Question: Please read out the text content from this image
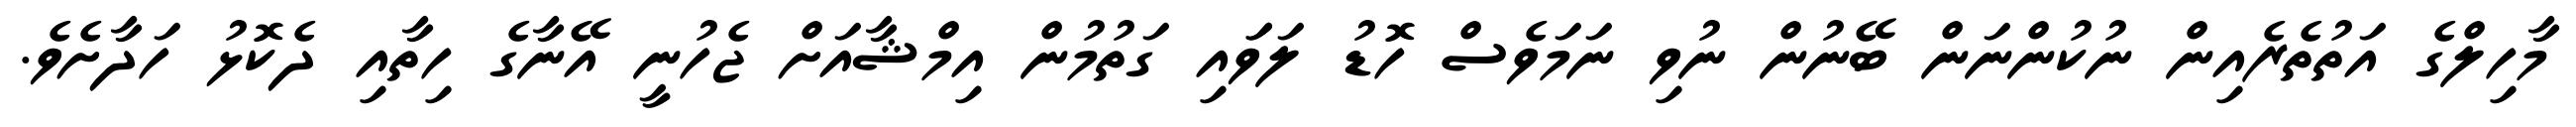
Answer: މާހިލްގެ އަތުތެރެއިން ނުކުންނަން ބޭނުން ނުވި ނަމަވެސް ހޮޑު ލަވަައި ގަތުމުން އިމްޝާއަށް ޖެހުނީ އޭނާގެ ހިތާއި ދެކޮޅު ހަދާށެވެ.